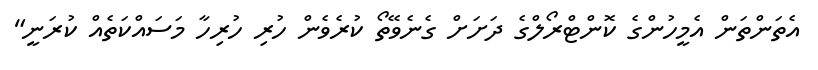
އެތަންތަން އެމީހުންގެ ކޮންޓްރޯލްގެ ދަށަށް ގެނެވޭތޯ ކުރެވެން ހުރި ހުރިހާ މަސައްކަތެއް ކުރަނީ"